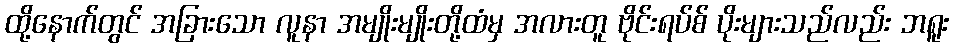
ထို့နောက်တွင် အခြားသော လူနာ အမျိုးမျိုးတို့ထံမှ အလားတူ ဗိုင်းရပ်စ် ပိုးများသည်လည်း ဘရူး